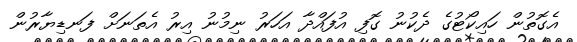
އެގޮތުން ހައިކޯޓުގެ ދެކުނު ގޮފި އުފައްދާ އަހަރު ނިމުނު އިރު އެތަނަށް ފަނޑިޔާރުން